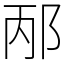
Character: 邴